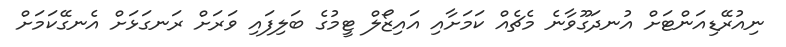
ނިއުރޭޑިއަންޓަށް އުނދަގޫވާނެ މެޗެއް ކަމަށާއި އައިޒޯލް ޓީމުގެ ބަލިފައި ވަރަށް ރަނގަޅަށް އެނގޭކަމަށް